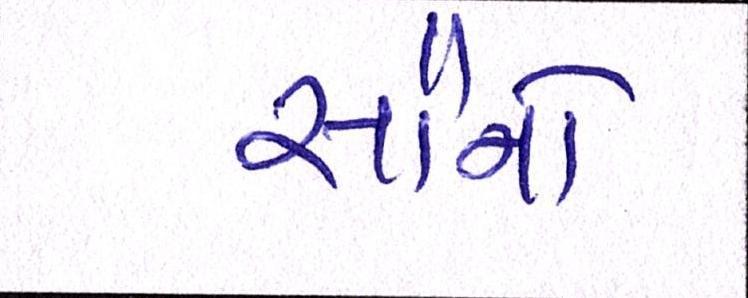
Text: સૌનો